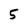
Character: 5